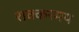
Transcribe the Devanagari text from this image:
शक्करमय